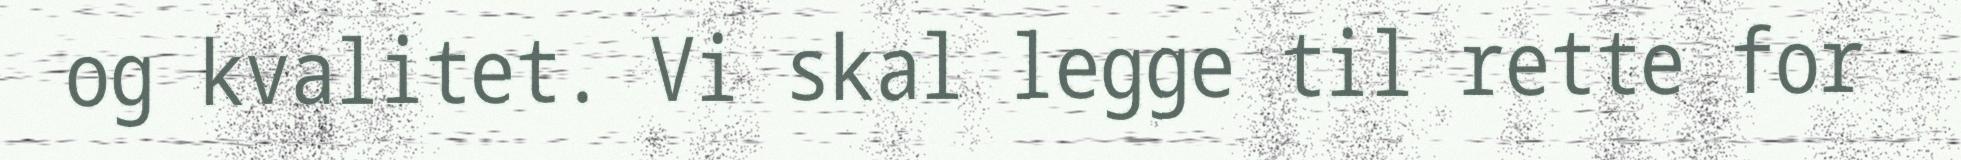
og kvalitet. Vi skal legge til rette for